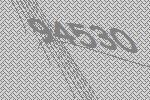
94530